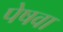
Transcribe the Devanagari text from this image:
पेषवा